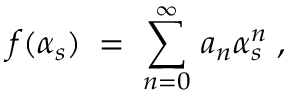
f ( \alpha _ { s } ) \; = \; \sum _ { n = 0 } ^ { \infty } \, a _ { n } \alpha _ { s } ^ { n } \; ,